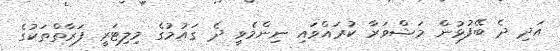
އަދި ދެ ބޭފުޅުން މަޝްވަރާ ކުރައްވައި ނިންމެވީ ދެ ގައުމުގެ މިލިޓަރީ ފަރާތްތަކުގެ